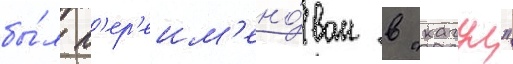
бы́л п'ер'еим'ено́ван в "кагул"